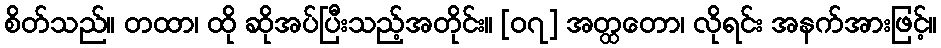
စိတ်သည်။ တထာ၊ ထို ဆိုအပ်ပြီးသည့်အတိုင်း။ [၀၇] အတ္ထတော၊ လိုရင်း အနက်အားဖြင့်။